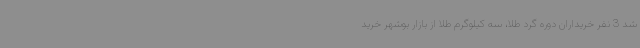
شد 3 نفر خریداران دوره گرد طلا، سه کیلوگرم طلا از بازار بوشهر خرید